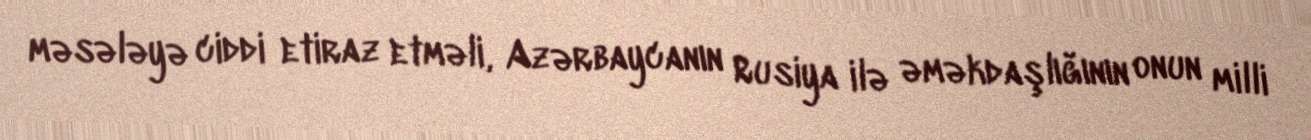
məsələyə ciddi etiraz etməli, Azərbaycanın Rusiya ilə əməkdaşlığının onun milli